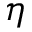
\eta